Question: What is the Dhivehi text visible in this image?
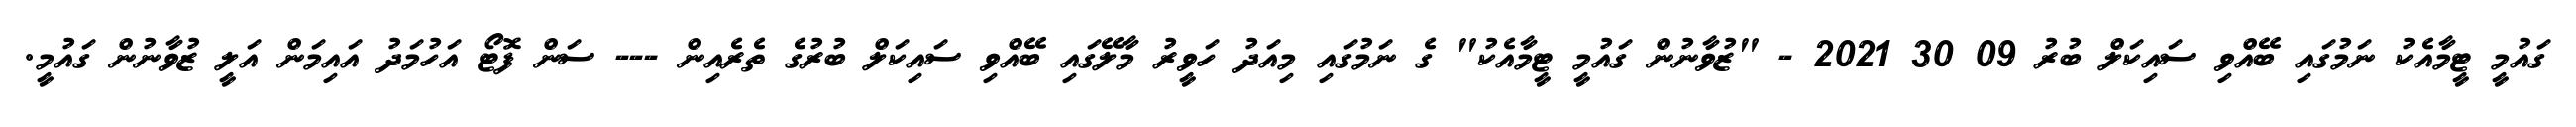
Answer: ގައުމީ ޓީމާއެކު ނަމުގައި ބޭއްވި ސައިކަލް ބުރު 09 30 2021 - "ޒުވާނުން ގައުމީ ޓީމާއެކު" ގެ ނަމުގައި މިއަދު ހަވީރު މާލޭގައި ބޭއްވި ސައިކަލް ބުރުގެ ތެރެއިން --- ސަން ފޮޓޯ އަހުމަދު އައިމަން އަލީ ޒުވާނުން ގައުމީ.